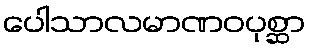
ပေါသာလမာဏဝပုစ္ဆာ